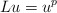
\begin{align*}Lu=u^{p} \end{align*}